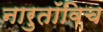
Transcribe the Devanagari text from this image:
नारुतॉविच